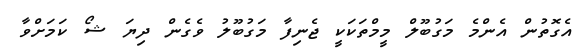
އެގޮތުން އެންމެ މަގުބޫލް މީމްތަކަކީ ޖެނިފާ މަގުބޫލު ވެގެން ދިޔަ ޝޯ ކަމަށްވާ